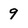
Character: 9